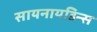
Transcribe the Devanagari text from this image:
सायनायडिन्स